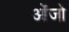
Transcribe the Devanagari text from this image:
ओंजो